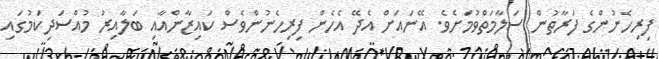
ފިރިހެނުންގެ ފަރާތުން ސަލާމަތްވުމަށެވެ. އޭނައަށް އެދޭ އެހެން ފިރިހެނުންވެސް ކައިޒާންއާއި ބަލާއިރު މުއްސަދިކަމުގައި